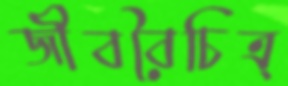
জীববৈচিত্র্